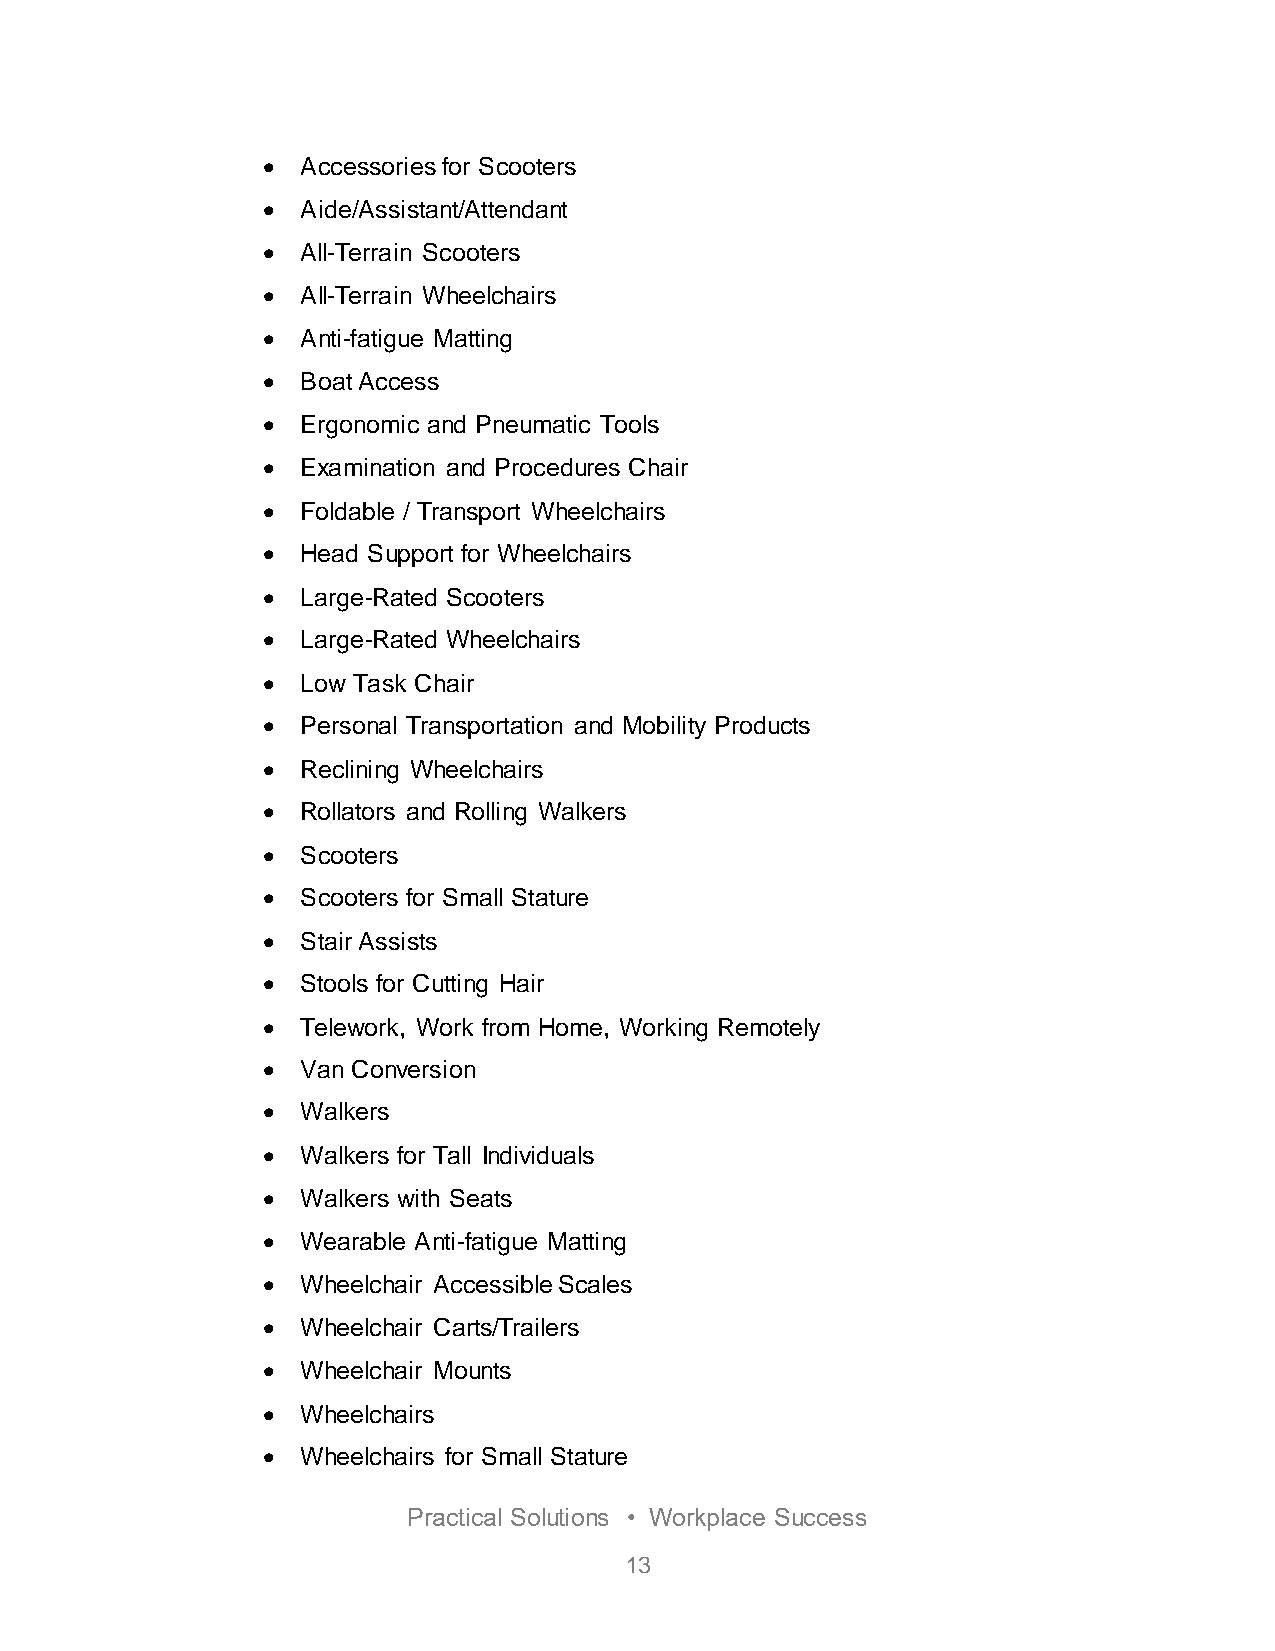
  Accessories for Scooters
   Aide/Assistant/Attendant
   All-Terrain Scooters
   All-Terrain Wheelchairs
   Anti-fatigue Matting
   Boat Access
   Ergonomic and Pneumatic Tools
   Examination and Procedures Chair
   Foldable / Transport Wheelchairs
   Head Support for Wheelchairs
   Large-Rated Scooters
   Large-Rated Wheelchairs
   Low Task Chair
   Personal Transportation and Mobility Products
   Reclining Wheelchairs
   Rollators and Rolling Walkers
   Scooters
   Scooters for Small Stature
   Stair Assists
   Stools for Cutting Hair
   Telework, Work from Home, Working Remotely
   Van Conversion
   Walkers
   Walkers for Tall Individuals
   Walkers with Seats
   Wearable Anti-fatigue Matting
   Wheelchair Accessible Scales
   Wheelchair Carts/Trailers
   Wheelchair Mounts
   Wheelchairs
   Wheelchairs for Small Stature
 Practical Solutions • Workplace Success
 13